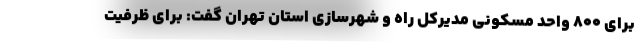
برای ۸۰۰ واحد مسکونی مدیرکل راه و شهرسازی استان تهران گفت: برای ظرفیت